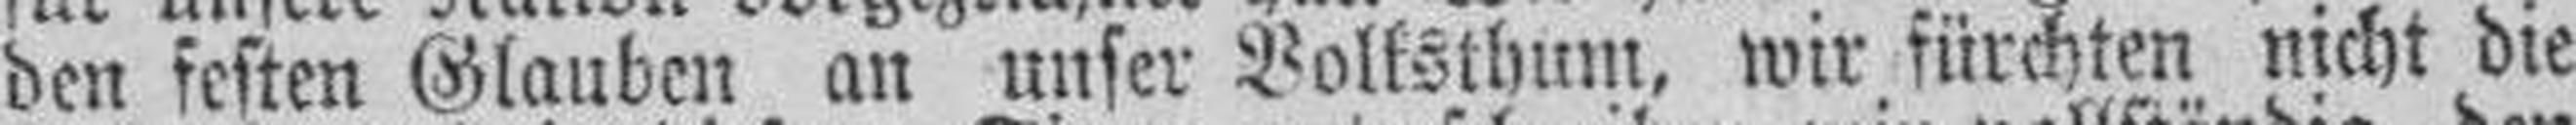
den festen Glauben an unser Volksthum, wir fürchten nicht die